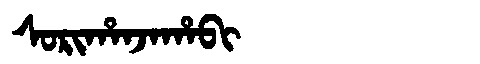
Manchu: ᠰᠣᡵᡳᡥᠠᠨᠵᠠᡥᠠᠪᡳ
Romanization: SORIHANJAHABI